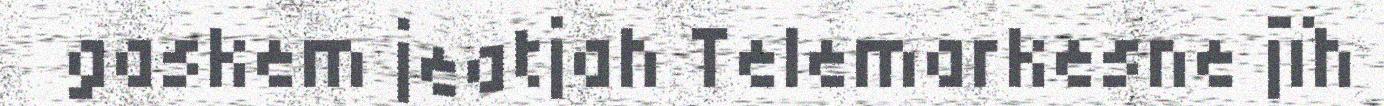
gaskem jeatjah Telemarkesne jïh